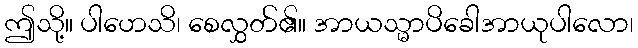
ဤသို့။ ပါဟေသိ၊ စေလွှတ်၏။ အာယသ္မာပိခေါအာယုပါလော၊